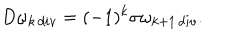
LaTeX: D \omega _ { k \, d i v } = ( - 1 ) ^ { k } \sigma \omega _ { k + 1 \, d i v } .